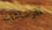
الرشاشات